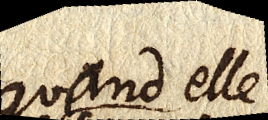
quand elle